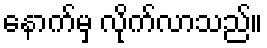
နောက်မှ လိုက်လာသည်။